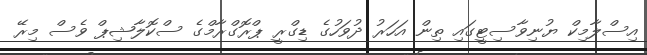
އިސްލާމިކް ޔުނިވާސިޓީގައި ތިން އަހަރު ދުވަހުގެ ޑިގްރީ ޕްރޮގްރާމްގެ ސްކޮލާޝިޕް ވެސް މިރޭ